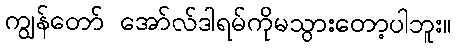
ကျွန်တော် အော်လ်ဒါရမ်ကိုမသွားတော့ပါဘူး။